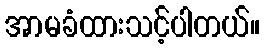
အာမခံထားသင့်ပါတယ်။